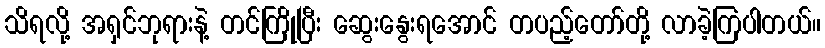
သိရလို့ အရှင်ဘုရားနဲ့ တင်ကြိုပြီး ဆွေးနွေးရအောင် တပည့်တော်တို့ လာခဲ့ကြပါတယ်။